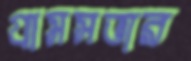
গ্রামসভার